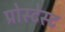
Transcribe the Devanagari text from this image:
प्रोस्टेस्ट